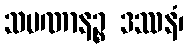
သမဏာနဉ္စ ဒဿနံ၊